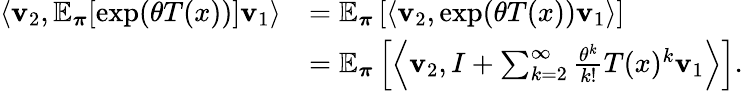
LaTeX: \begin{array}{rl}{\left\langle\mathbf{v}_{2},\mathbb{E}_{\boldsymbol\pi}[\exp(\theta T(x))]\mathbf{v}_{1}\right\rangle}&{=\mathbb{E}_{\boldsymbol\pi}\left[\left\langle\mathbf{v}_{2},\exp(\theta T(x))\mathbf{v}_{1}\right\rangle\right]}\\ &{=\mathbb{E}_{\boldsymbol\pi}\left[\left\langle\mathbf{v}_{2},I+\sum_{k=2}^{\infty}\frac{\theta^{k}}{k!}T(x)^{k}\mathbf{v}_{1}\right\rangle\right].}\end{array}